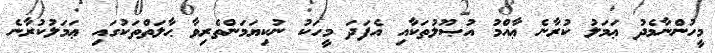
މީހުންނާމެދު ޢަމަލު ކުރާނެ ޢާއްމު އުޞޫލުތަކާއި އެފަދަ މީހަކު ނުކިޔަމަންތެރިވާ ޙާލަތްތަކުގައި ޢަމަލުކުރާނެ